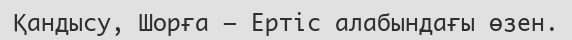
Қандысу, Шорға – Ертіс алабындағы өзен.